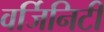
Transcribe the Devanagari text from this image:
वर्जिनिटी